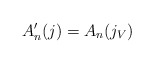
\begin{align*} A'_n(j) = A_n(j_V)\end{align*}